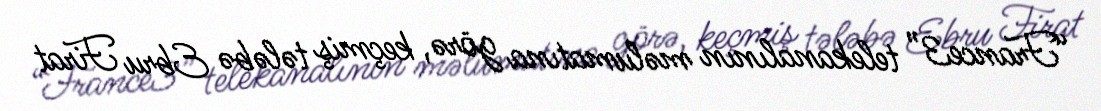
“France3” telekanalının məlumatına görə, keçmiş tələbə Ebru Firat